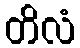
တိလံ